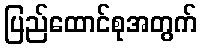
ပြည်ထောင်စုအတွက်